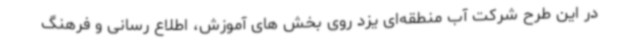
در این طرح شرکت آب منطقه‌ای یزد روی بخش های آموزش، اطلاع رسانی و فرهنگ